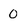
Character: 0